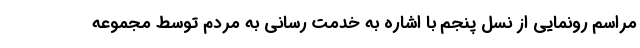
مراسم رونمایی از نسل پنجم با اشاره به خدمت رسانی به مردم توسط مجموعه